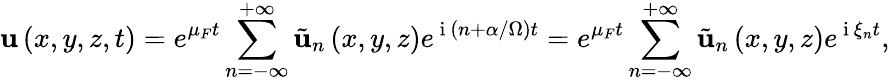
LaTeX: \mathbf{u}\left(x,y,z,t\right)=e^{\mu_{F}t}\sum_{n=-\infty}^{+\infty}\tilde{\mathbf{u}}_{n}\left(x,y,z\right)e^{\mathrm{~i~}\left(n+\alpha/\Omega\right)t}=e^{\mu_{F}t}\sum_{n=-\infty}^{+\infty}\tilde{\mathbf{u}}_{n}\left(x,y,z\right)e^{\mathrm{~i~}\xi_{n}t},